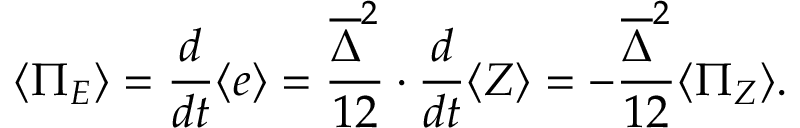
\langle \Pi _ { E } \rangle = \frac { d } { d t } \langle e \rangle = \frac { \overline { { \Delta } } ^ { 2 } } { 1 2 } \cdot \frac { d } { d t } \langle Z \rangle = - \frac { \overline { { \Delta } } ^ { 2 } } { 1 2 } \langle \Pi _ { Z } \rangle .